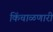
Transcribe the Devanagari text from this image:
किंचाळणारी